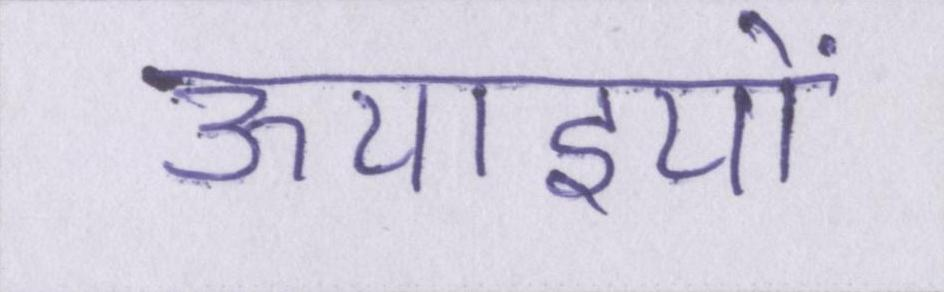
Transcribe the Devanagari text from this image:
ऊचाइयों